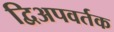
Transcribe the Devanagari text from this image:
द्विअपवर्तक